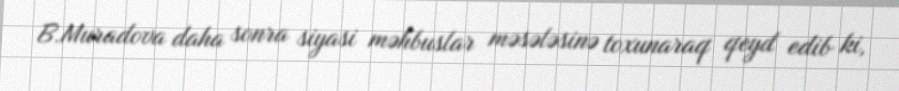
B.Muradova daha sonra siyasi məhbuslar məsələsinə toxunaraq qeyd edib ki,